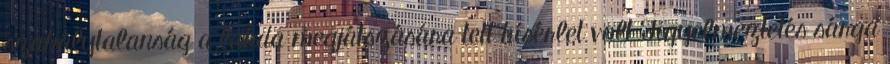
szabálytalanság a labda megjátszására tett kísérlet volt Figyelmeztetés sárga